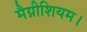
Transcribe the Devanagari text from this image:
मैग्नीशियम।